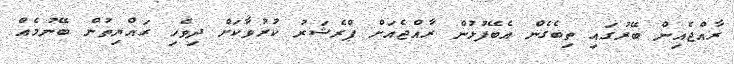
ރާއްޖެއިން ބޭރުގައި ތިބެގެން އެބޭފުޅުން ރާއްޖެއަށް ޕްރެޝަރު ކުރުވާކަށް ދިވެހި ރައްޔިތުން ބޭނުމެއް